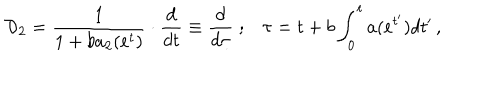
{ \cal D } _ { 2 } = \frac { 1 } { 1 + b a _ { 2 } ( e ^ { t } ) } \cdot \frac { d } { d t } \equiv \frac { d } { d \tau } \; ; \tau = t + b \int _ { 0 } ^ { t } a ( e ^ { t ^ { \prime } } ) d t ^ { \prime } \, ,